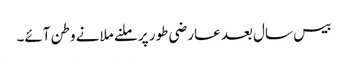
بیس سال بعد عارضی طور پر ملنے ملانے وطن آئے۔